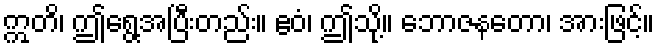
ဣတိ၊ ဤရွေ့အပြီးတည်း။ ဧဝံ၊ ဤသို့။ ဘောဇနတော၊ အားဖြင့်။